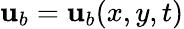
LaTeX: \mathbf{u}_{b}=\mathbf{u}_{b}(x,y,t)